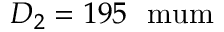
D _ { 2 } = 1 9 5 ~ \mathrm { \ m u m }